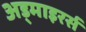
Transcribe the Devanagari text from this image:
अड्माइरर्स